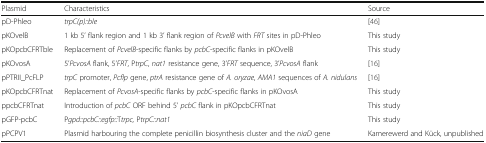
| Plasmid | Characteristics | Source |
 | --- | --- | --- |
 | pD-Phleo | trpC(p)::ble | [46] |
 | pKOvelB | 1 kb 5’ flank region and 1 kb 3’ flank region of PcvelB with FRT sites in pD-Phleo | This study |
 | pKOpcbCFRTble | Replacement of PcvelB-specific flanks by pcbC-specific flanks in pKOvelB | This study |
 | pKOvosA | 5’PcvosA flank, 5’FRT, PtrpC, nat1 resistance gene, 3’FRT sequence, 3’PcvosA flank | [16] |
 | pPTRII_PcFLP | trpC promoter, Pcflp gene, ptrA resistance gene of A. oryzae, AMA1 sequences of A. nidulans | [16] |
 | pKOpcbCFRTnat | Replacement of PcvosA-specific flanks by pcbC-specific flanks in pKOvosA | This study |
 | ppcbCFRTnat | Introduction of pcbC ORF behind 5’ pcbC flank in pKOpcbCFRTnat | This study |
 | pGFP-pcbC | Pgpd::pcbC::egfp::Ttrpc, PtrpC::nat1 | This study |
 | pPCPV1 | Plasmid harbouring the complete penicillin biosynthesis cluster and the niaD gene | Kamerewerd and Kück, unpublished |